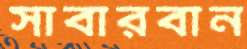
সাবারবান